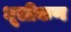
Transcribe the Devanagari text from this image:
धूलीकण